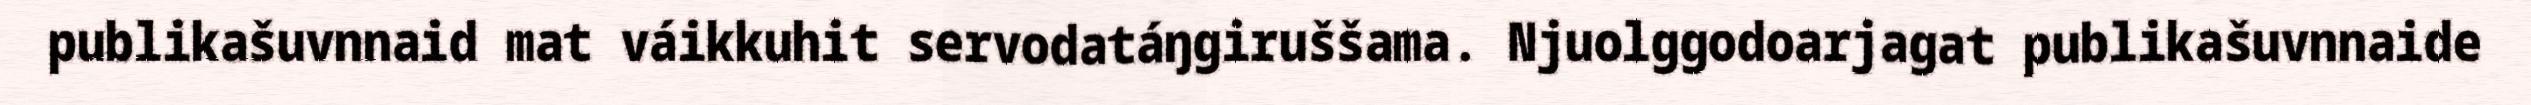
publikašuvnnaid mat váikkuhit servodatáŋgiruššama. Njuolggodoarjagat publikašuvnnaide